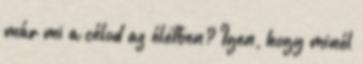
már mi a célod az életben? Igen, hogy minél